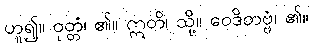
ဟူ၍။ ဝုတ္တံ၊ ၏။ ဣတိ၊ သို့။ ဝေဒိတဗ္ဗံ၊ ၏။